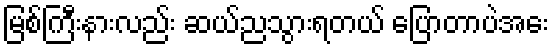
မြစ်ကြီးနားလည်း ဆယ်ညသွားရတယ် ပြောတာပဲအေး